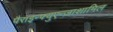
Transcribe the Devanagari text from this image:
पैराइन्फ्युएन्ज़ाशामिल